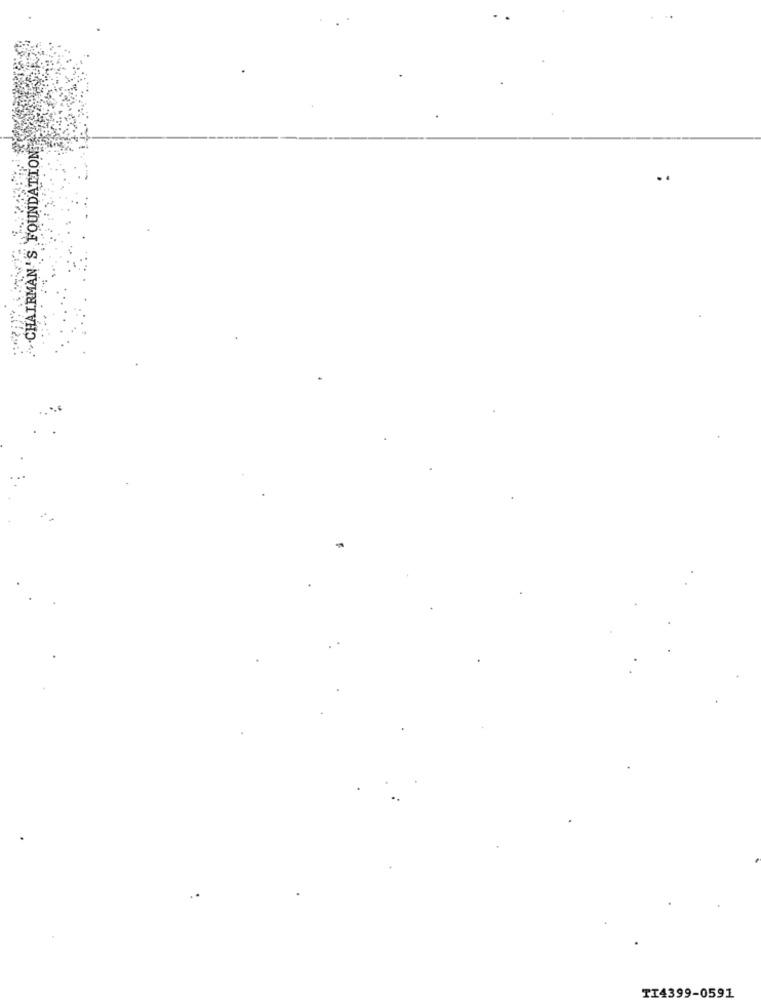
CHAIRMAN'S FOUNDATION,
TI4399-0591